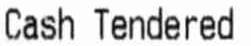
CASH TENDERED